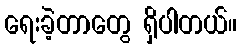
ရေးခဲ့တာတွေ ရှိပါတယ်။